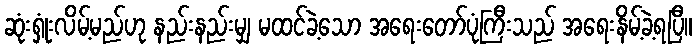
ဆုံးရှုံးလိမ့်မည်ဟု နည်းနည်းမျှ မထင်ခဲ့သော အရေးတော်ပုံကြီးသည် အရေးနိမ့်ခဲ့ရပြီ။